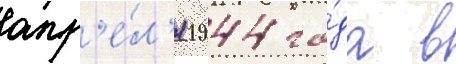
апр'е́л'я 1944 го́да в